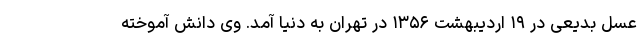
عسل بدیعی در ۱۹ اردیبهشت ۱۳۵۶ در تهران به دنیا آمد. وی دانش آموخته